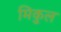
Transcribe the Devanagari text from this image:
मिकुल